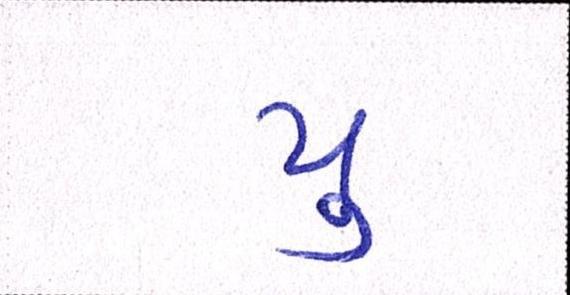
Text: યુ